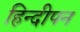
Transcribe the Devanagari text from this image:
हिन्दीपन